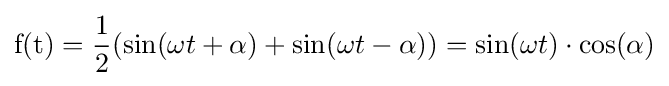
{\mbox{f(t)}}={\frac {1}{2}}(\sin(\omega t+\alpha )+\sin(\omega t-\alpha ))=\sin(\omega t)\cdot \cos(\alpha )